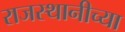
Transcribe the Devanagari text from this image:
राजस्थानीच्या